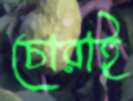
চোরাই